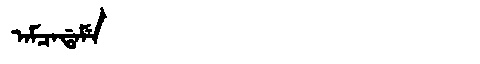
Manchu: ᠠᠮᠴᠠᡩᠠᠮᡝ
Romanization: AMCADAME